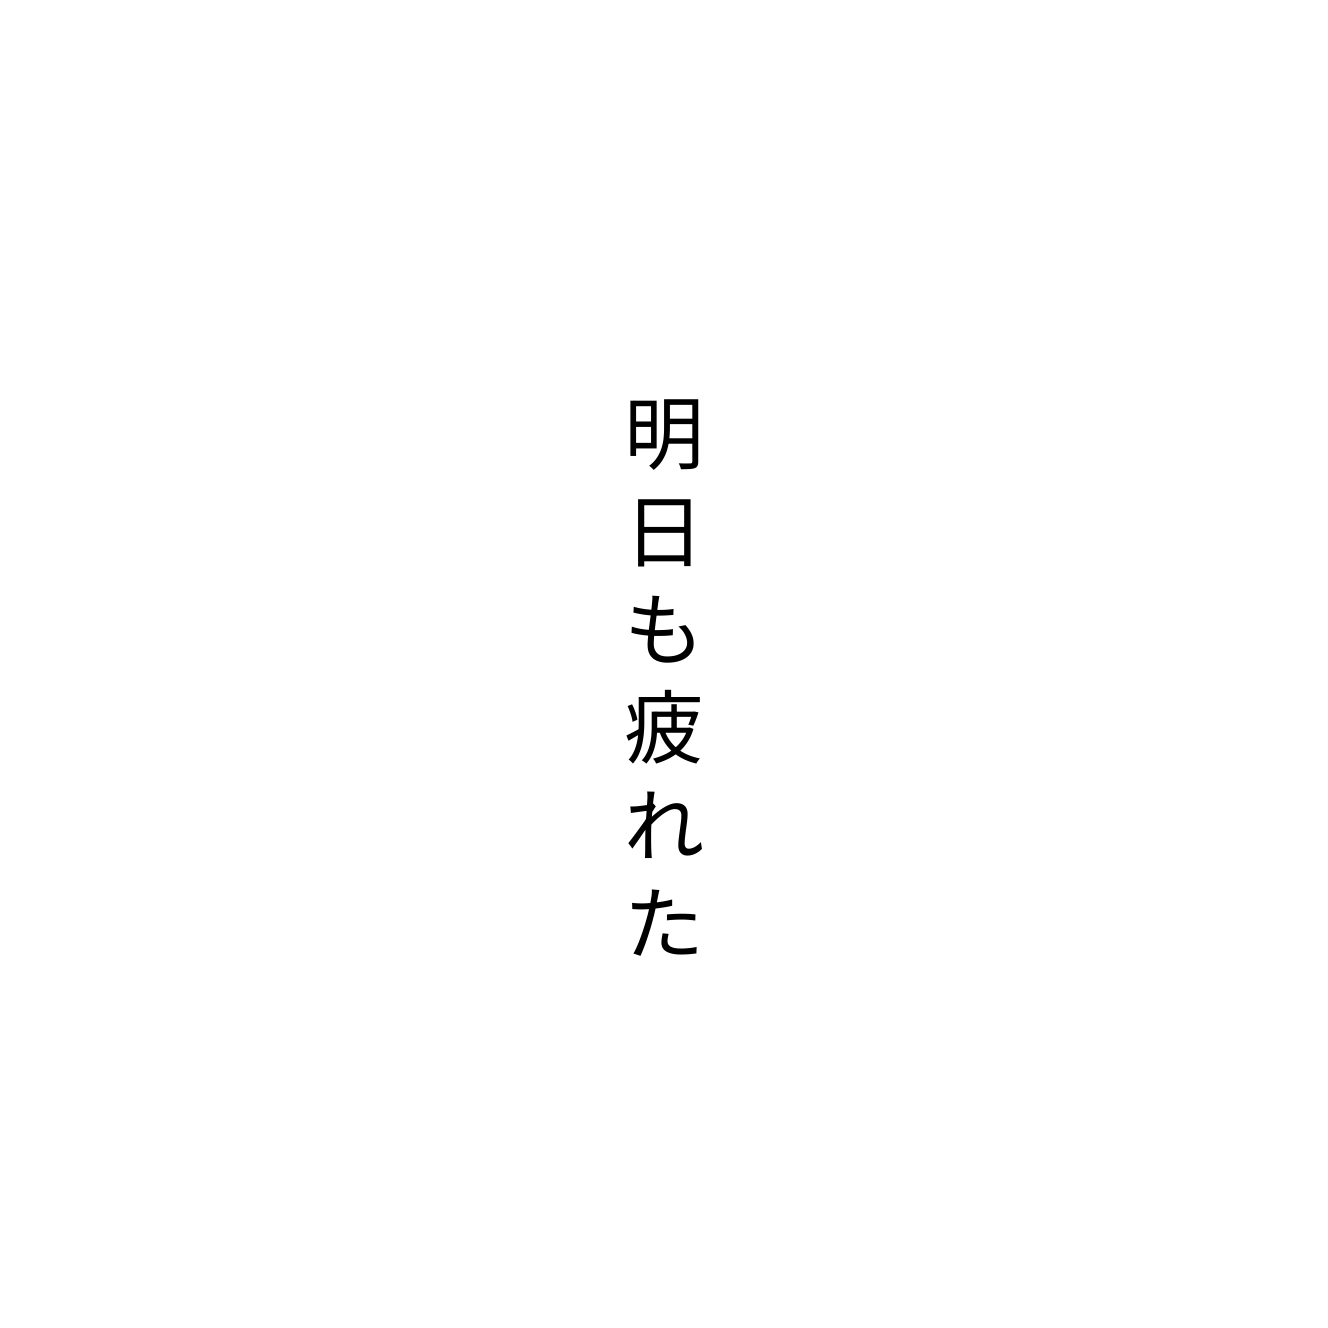
明日も疲れた